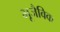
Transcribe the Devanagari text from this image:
भूजैविक